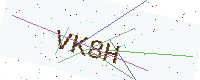
Text: VK8H